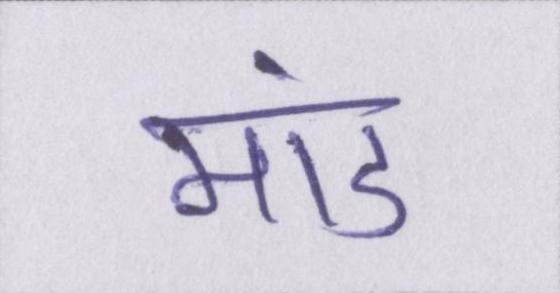
मांड